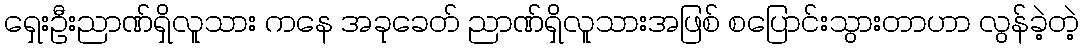
ရှေးဦးညာဏ်ရှိလူသား ကနေ အခုခေတ် ညာဏ်ရှိလူသားအဖြစ် စပြောင်းသွားတာဟာ လွန်ခဲ့တဲ့